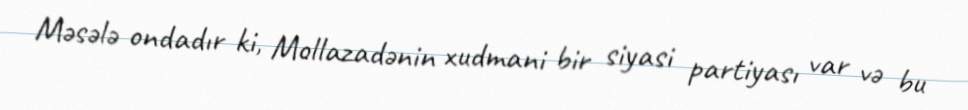
Məsələ ondadır ki, Mollazadənin xudmani bir siyasi partiyası var və bu